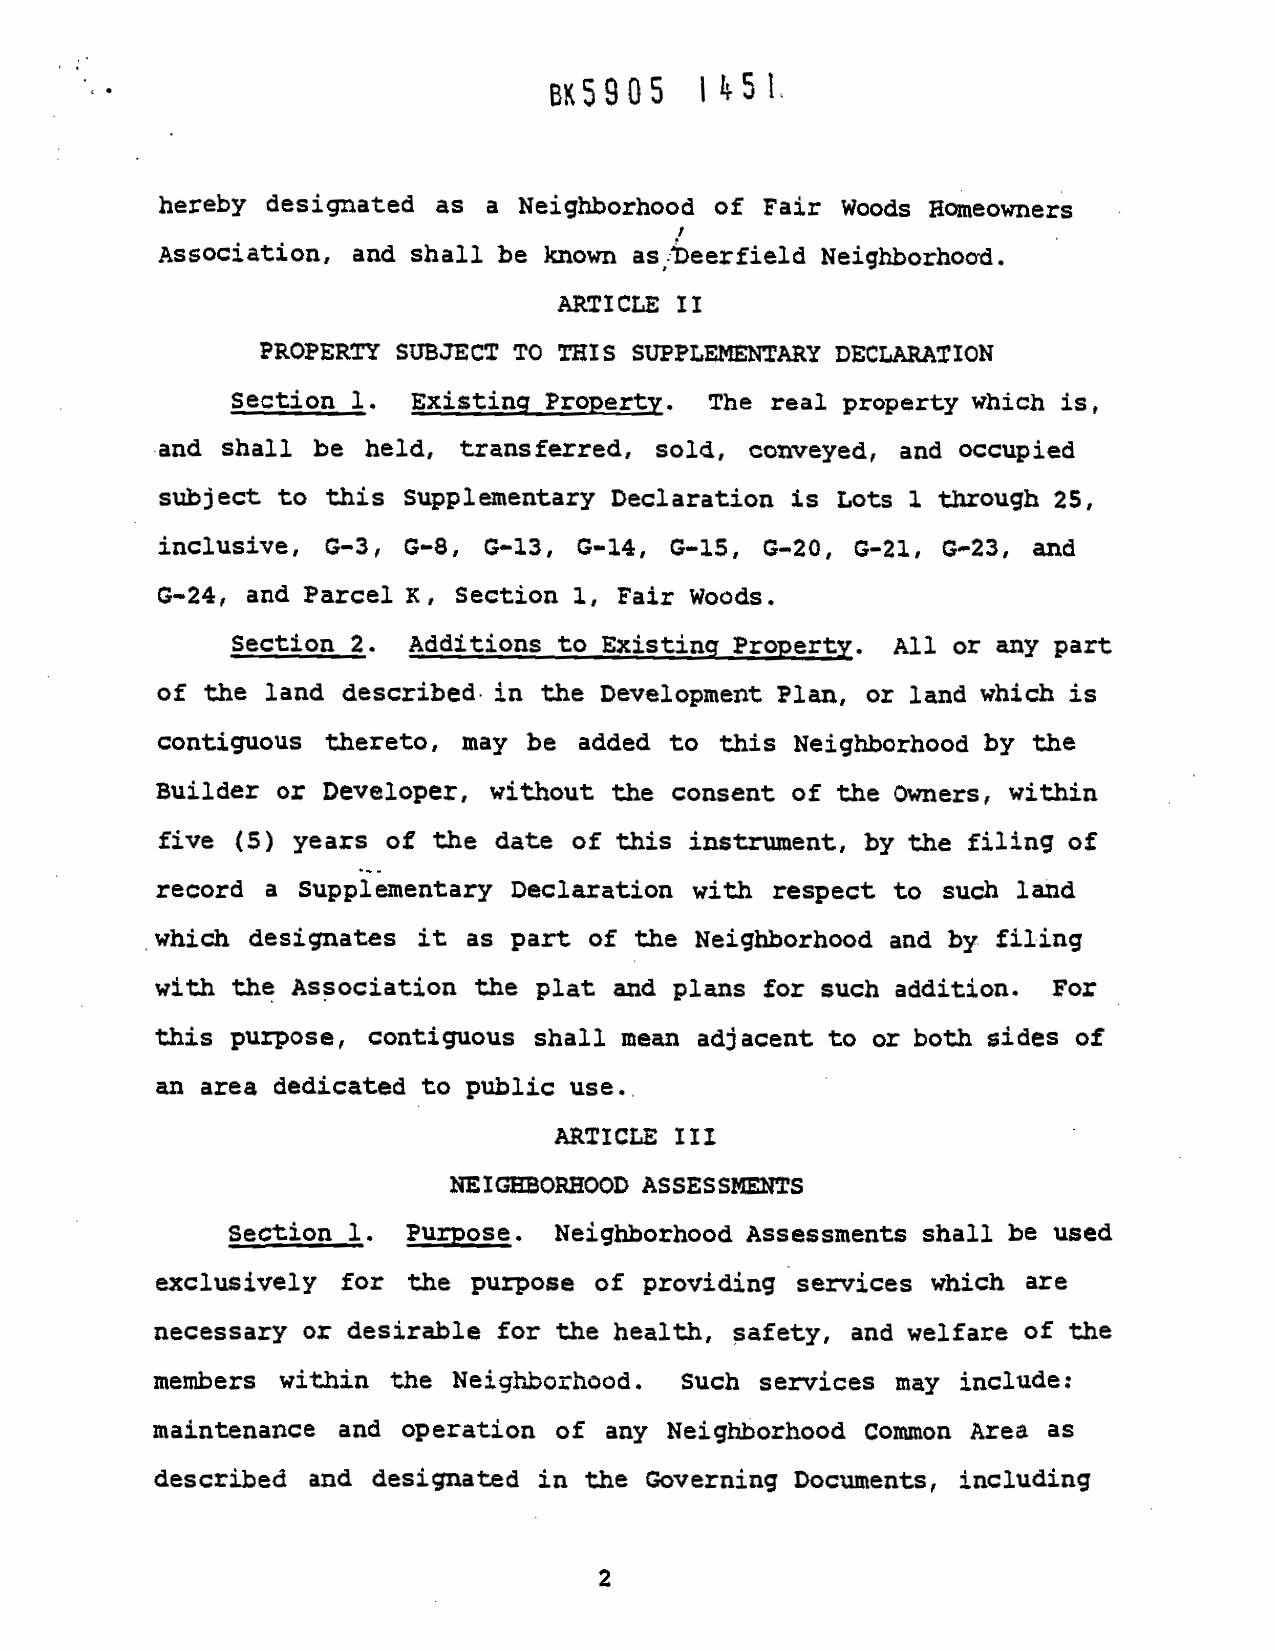
BKS9OS     145!
 -
 hereby
 *                 designated as a
 Neighborhood of Fair
 Woods Homeowners
 Association,
 and shall be known
 as:teerfield
 Neighborhoo4.
 I
 ARTICLE II
 PROPERTY SUBJECT To
 THIS SUPPLEMENTARY
 DECLARATION
 E              section
 1.  Existing
 Property.  The real
 property Which is,
 and  shall be held,
 transferred, sold,
 conveyed, and occupied
 subject  to this
 Supplementary Declaration
 is Lots 1 through
 25,
 inclusive,  G—3, G—8,
 G—13, G—14, 0—15,
 G—20, 0—21, G—23, and
 G-24, and Parcel xc,
 Section 1, Fair Woods.
 Section
 2. Additions  to
 xisting Property.
 All or any part
 of the  land described
 in the
 Development Plan, or land
 which is
 R
 contiguous  thereto, may be added to this
 Neighborhood by the
 Euilder
 or Developer, without
 the consent of the
 Owners, within
 five  (5) years of the
 date
 of this instrument,
 by the riling of
 record  a Supplementary
 Declaration with
 respect to such land
 which  designates it
 as part of the
 Neighborhood and by filing
 with the Association
 *                              the flat and
 plans for such addition.
 For
 this
 I              purpose, contiguous  shall
 mean  adjacent to or both sides of
 an area dedicated to
 public use..
 I
 ARTICLE  III
 NEZGORHOOD
 ASSESSMENTS
 Section 1. Purpose.
 J
 Neighborhood Assessments shall be used
 exclusively  for the
 purpose of providing
 services whicl are
 I        necessary or desirable for the
 health, safety, and welfare of the
 members  within the
 Neigtthorhood. Such
 services may include:
 maintenance and
 operation of
 any Neighborhood Cowaon Area as
 described and
 designated in the
 Governing Documents,
 including
 I
 2